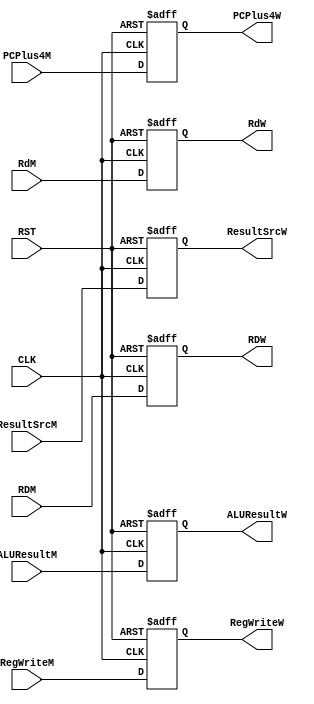
/*
   Created by : Mohamed Hazem Mamdouh
   12-08-2023
   7:30 PM
 */
//***************  Register of Witeback  ***************//
module REG_W (
            input  wire        CLK         ,
	          input  wire        RST         ,
            input  wire        RegWriteM   ,
            input  wire [1:0]  ResultSrcM  ,
            input  wire [31:0] RDM         ,
            input  wire [31:0] ALUResultM  ,
            input  wire [4:0]  RdM         ,
            input  wire [31:0] PCPlus4M    ,
            output reg         RegWriteW   ,
            output reg  [1:0]  ResultSrcW  ,
            output reg  [31:0] ALUResultW  ,
            output reg  [4:0]  RdW         ,
            output reg  [31:0] RDW         ,
            output reg  [31:0] PCPlus4W    
              
    );
  
  always @(posedge CLK or negedge RST)
  begin
   if(!RST)
   begin
   RegWriteW    <= 1'b0   ;
   ResultSrcW   <= 2'b0   ;
   ALUResultW   <= 32'b0  ;
   RdW          <= 5'b0   ;
   RDW          <= 32'b0  ;
   PCPlus4W     <= 32'b0  ; 
   end
   else
   begin
   RegWriteW    <= RegWriteM   ;
   ResultSrcW   <= ResultSrcM  ;
   ALUResultW   <= ALUResultM  ;
   RdW          <= RdM         ;
   RDW          <= RDM         ;
   PCPlus4W     <= PCPlus4M    ;  
   end
   end	

endmodule